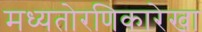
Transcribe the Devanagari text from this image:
मध्यतोरणिकारेखा